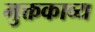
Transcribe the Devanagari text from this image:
मुक्तकाव्य